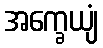
အက္ခေယျံ